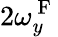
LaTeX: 2\omega_{y}^{\mathrm{~F~}}